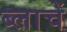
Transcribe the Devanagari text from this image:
ब्लाचें